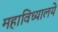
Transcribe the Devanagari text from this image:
महाविध्यालये